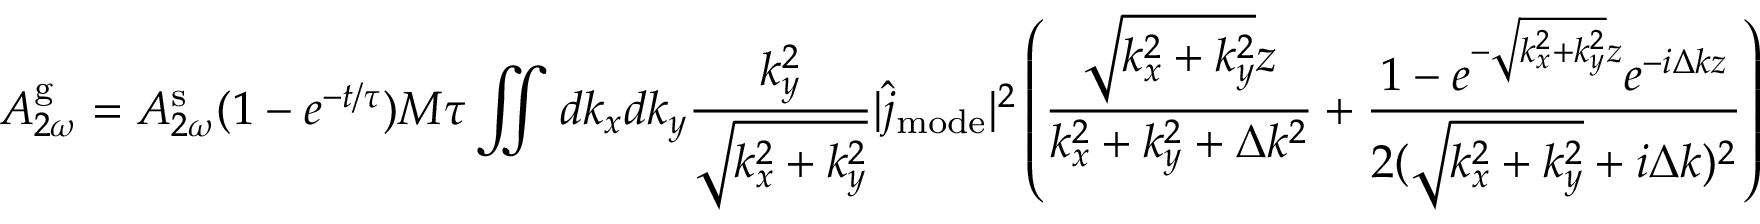
A _ { 2 \omega } ^ { \mathrm { g } } = A _ { 2 \omega } ^ { \mathrm { s } } ( 1 - e ^ { - t / \tau } ) M \tau \iint d k _ { x } d k _ { y } \frac { k _ { y } ^ { 2 } } { \sqrt { k _ { x } ^ { 2 } + k _ { y } ^ { 2 } } } | \hat { j } _ { \mathrm { m o d e } } | ^ { 2 } \left( \frac { \sqrt { k _ { x } ^ { 2 } + k _ { y } ^ { 2 } } z } { k _ { x } ^ { 2 } + k _ { y } ^ { 2 } + \Delta k ^ { 2 } } + \frac { 1 - e ^ { - \sqrt { k _ { x } ^ { 2 } + k _ { y } ^ { 2 } } z } e ^ { - i \Delta k z } } { 2 ( \sqrt { k _ { x } ^ { 2 } + k _ { y } ^ { 2 } } + i \Delta k ) ^ { 2 } } \right)